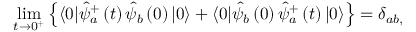
\operatorname * { l i m } _ { t \rightarrow 0 ^ { + } } \left\{ \langle 0 | \hat { \psi } _ { a } ^ { + } \left( t \right) \hat { \psi } _ { b } \left( 0 \right) | 0 \rangle + \langle 0 | \hat { \psi } _ { b } \left( 0 \right) \hat { \psi } _ { a } ^ { + } \left( t \right) | 0 \rangle \right\} = \delta _ { a b , } ^ { }